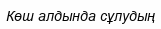
Көш алдында сұлудың